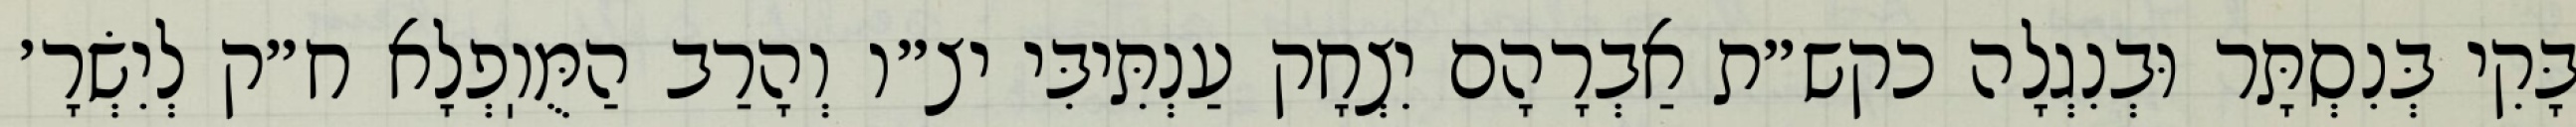
בָּקִי בְּנִסְתָּר וּבְנִגְלָה כקש״ת אַבְרָהָם יִצְחָק עַנְתִּיבִּי יצ״ו וְהָרַב הַמֻּוֽפְלָא ח״ק לְיִשְׂרָ׳